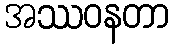
အဿဝနတာ